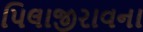
પિલાજીરાવના